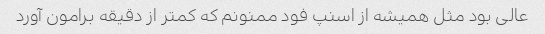
عالی بود مثل همیشه از اسنپ فود ممنونم که کمتر از دقیقه برامون آورد